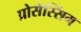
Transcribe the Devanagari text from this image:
प्रोसेस्सिंग